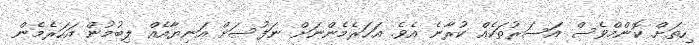
ހިތަށް ކޮންމްވެސް އަސަރުތަކެއް ކުރާނެ އެވެ. އަހަރެމެންނަށް ނަފުސަށް އަނިޔާއެއް ލިބުމުން އަހަރެމެން